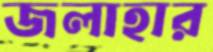
জলাহার